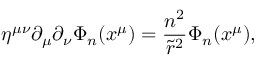
\eta ^ { \mu \nu } \partial _ { \mu } \partial _ { \nu } \Phi _ { n } ( x ^ { \mu } ) = \frac { n ^ { 2 } } { { \tilde { r } } ^ { 2 } } \Phi _ { n } ( x ^ { \mu } ) ,